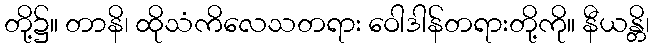
တို့၌။ တာနိ၊ ထိုသံကိလေသတရား ဝေါဒါန်တရားတို့ကို။ နီယန္တိ၊